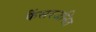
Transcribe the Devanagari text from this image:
कैंसरजनित